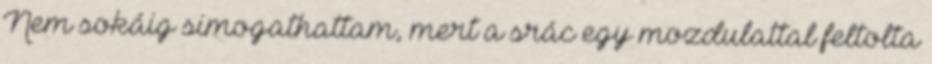
Nem sokáig simogathattam, mert a srác egy mozdulattal feltolta